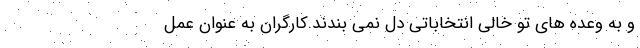
و به وعده های تو خالی انتخاباتی دل نمی بندند.کارگران به عنوان عمل